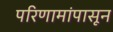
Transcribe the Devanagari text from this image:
परिणामांपासून